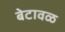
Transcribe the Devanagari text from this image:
बेटावळ